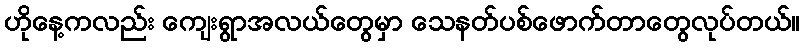
ဟိုနေ့ကလည်း ကျေးရွာအလယ်တွေမှာ သေနတ်ပစ်ဖောက်တာတွေလုပ်တယ်။